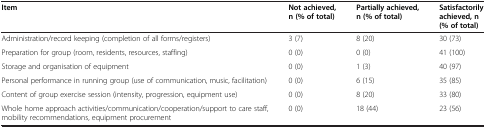
<table><thead><tr><td><b>Item</b></td><td><b>Not achieved, n (% of total)</b></td><td><b>Partially achieved, n (% of total)</b></td><td><b>Satisfactorily achieved, n (% of total)</b></td></tr></thead><tbody><tr><td>Administration/record keeping (completion of all forms/registers)</td><td>3 (7)</td><td>8 (20)</td><td>30 (73)</td></tr><tr><td>Preparation for group (room, residents, resources, staffing)</td><td>0 (0)</td><td>0 (0)</td><td>41 (100)</td></tr><tr><td>Storage and organisation of equipment</td><td>0 (0)</td><td>1 (3)</td><td>40 (97)</td></tr><tr><td>Personal performance in running group (use of communication, music, facilitation)</td><td>0 (0)</td><td>6 (15)</td><td>35 (85)</td></tr><tr><td>Content of group exercise session (intensity, progression, equipment use)</td><td>0 (0)</td><td>8 (20)</td><td>33 (80)</td></tr><tr><td>Whole home approach activities/communication/cooperation/support to care staff, mobility recommendations, equipment procurement</td><td>0 (0)</td><td>18 (44)</td><td>23 (56)</td></tr></tbody></table>